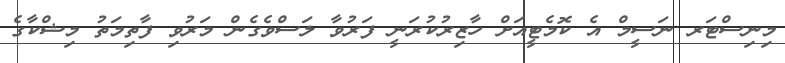
މިނިސްޓަރ ނަސީމް އެ ކޮމެޓީއަށް ހާޒިރުކުރަނީ ފަރުވާ ލަސްވެގެން މަރުވި ފާތިމަތު މިޝްކާގެ